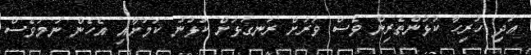
އަދި ހުރިހާ ކުޅުންތެރިން ވެސް ވަރަށް ރަނގަޅަށް ކުޅުނު ކަމަށާއި އެހެން ނަމަވެސް